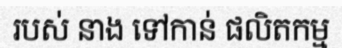
របស់ នាង ទៅកាន់ ផលិតកម្ម